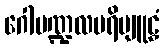
ဂေါမဏ္ဍလပရိဗျူဠှံ